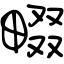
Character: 畷